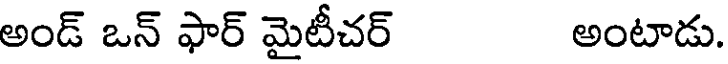
అండ్ ఒన్ ఫార్ మైటీచర్ అంటాడు.